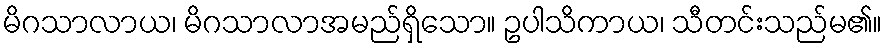
မိဂသာလာယ၊ မိဂသာလာအမည်ရှိသော။ ဥပါသိကာယ၊ သီတင်းသည်မ၏။